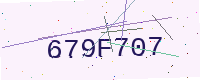
Text: 679F707